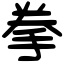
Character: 拳